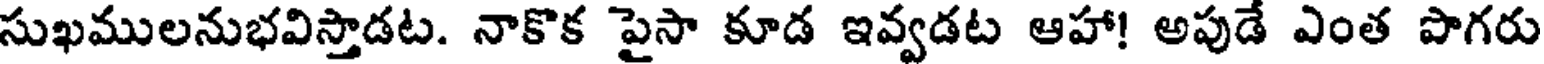
సుఖములనుభవిస్తాడట. నాకొక పైసా కూడ ఇవ్వడట ఆహా! అపుడే ఎంత పొగరు